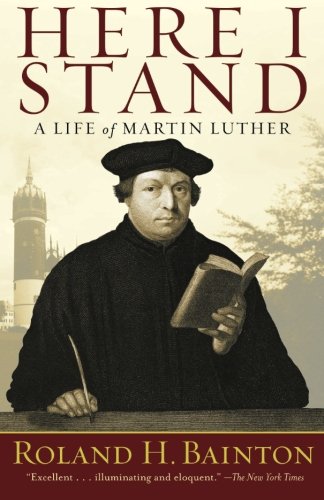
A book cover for Here I Stand: A Life of Martin Luther; Roland H. Bainton; Christian Books & Bibles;